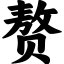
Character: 赘